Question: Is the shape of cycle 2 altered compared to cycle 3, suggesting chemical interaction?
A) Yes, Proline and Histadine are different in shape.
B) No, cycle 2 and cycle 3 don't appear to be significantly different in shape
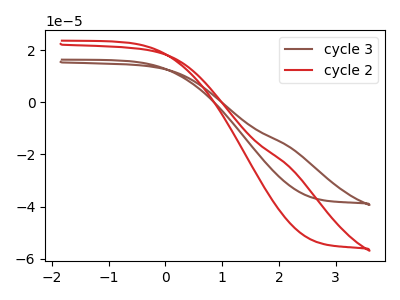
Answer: <think>The brown curve "cycle 3" has no peaks. The red curve "cycle 2" has no peaks.
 Neither "cycle 2" or "cycle 3" have any peaks.</think>
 <answer>B) No, "cycle 2" and "cycle 3" don't appear to be significantly different in shape</answer>
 <eval>B</eval>